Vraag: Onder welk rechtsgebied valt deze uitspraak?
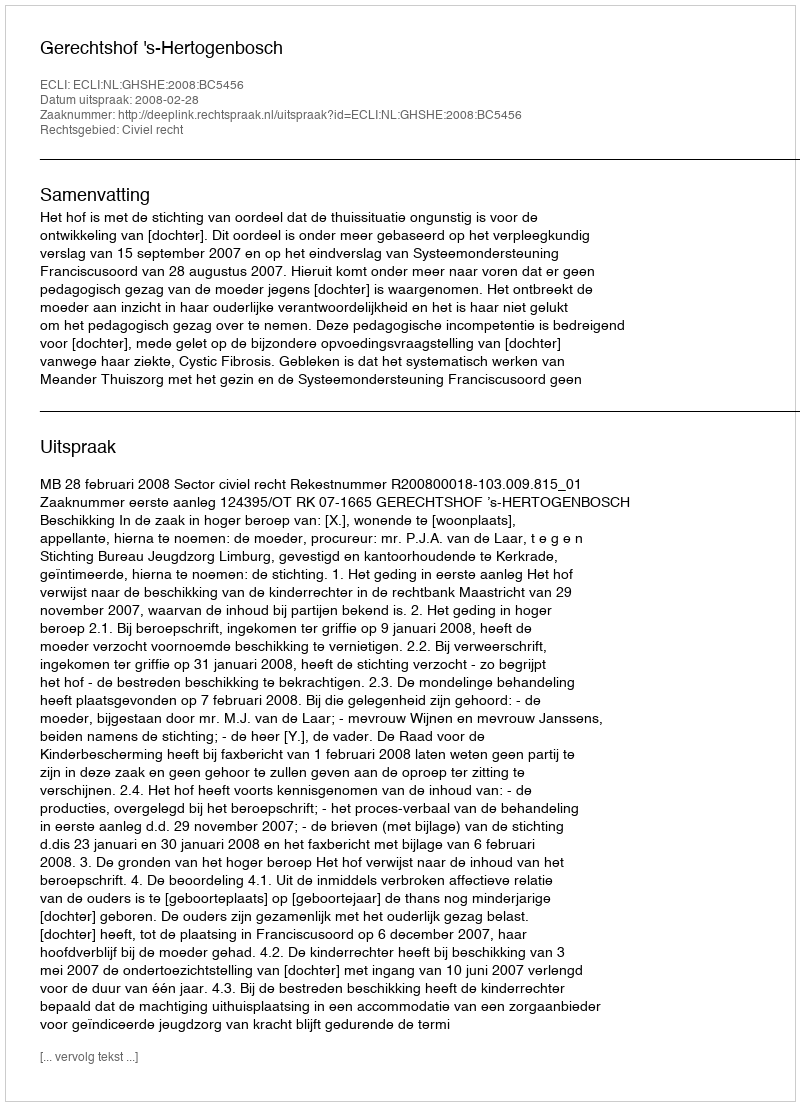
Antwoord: Civiel recht